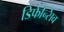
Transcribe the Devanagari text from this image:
डिफेन्सिव